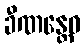
ခီဏန္တေဝ